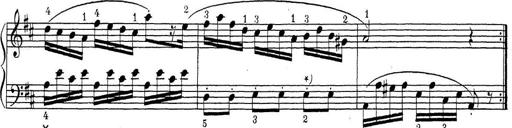
Title: ÄŒeskÃ© Sonatiny
Composer: Various